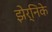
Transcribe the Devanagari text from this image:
झेर्निके